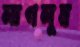
লাগলুম